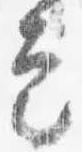
定